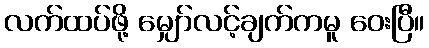
လက်ထပ်ဖို့ မျှော်လင့်ချက်ကမူ ဝေးပြီ။